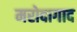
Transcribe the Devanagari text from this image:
मरोदागाद